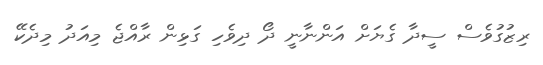
ރިޒުގުވެސް ސީދާ ގެޔަށް އަންނާނީ ދޯ ދިވެހި ގަޅިން ރާއްޖެ މިއަދު މިދެކޭ